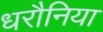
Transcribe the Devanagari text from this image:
धरौनिया